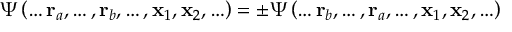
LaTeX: \Psi \left( \ldots \mathbf { r } _ { a } , \ldots , \mathbf { r } _ { b } , \ldots , \mathbf { x } _ { 1 } , \mathbf { x } _ { 2 } , \ldots \right) = \pm \Psi \left( \ldots \mathbf { r } _ { b } , \ldots , \mathbf { r } _ { a } , \ldots , \mathbf { x } _ { 1 } , \mathbf { x } _ { 2 } , \ldots \right)